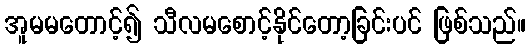
အူမမတောင့်၍ သီလမစောင့်နိုင်တော့ခြင်းပင် ဖြစ်သည်။